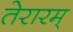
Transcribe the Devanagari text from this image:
तेरारम्‌